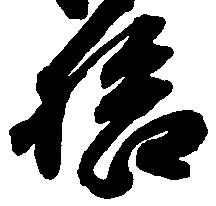
拾